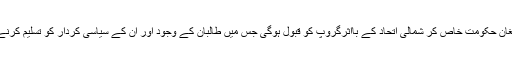
کیا ایسی کوئی مفاہمت افغان حکومت خاص کر شمالی اتحاد کے بااثرگروپ کو قبول ہوگی جس میں طالبان کے وجود اور ان کے سیاسی کردار کو تسلیم کرنے کے امکانات ہوں گے؟